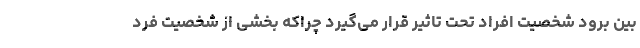
بین برود شخصیت افراد تحت تاثیر قرار می‌گیرد چراکه بخشی از شخصیت فرد